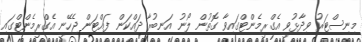
މިނިސްޓަރު ވިދާޅުވީ އެގްރީމެންޓްގައިވާ ގޮތުން ލޯނު އަނބުރާ ދައްކަން ފައްޓަން ޖެހޭނީ އެގްރީމެންޓްގައި